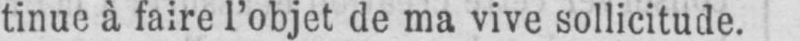
tinue à faire l’objet de ma vive sollicitude.